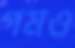
গমও